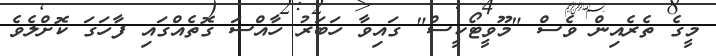
މީގެ ތެރެއިން ވެސް "މޫވީޓޯކީސް" ގައިވާ ހަބަރު ހާއްސަ ގޮތެއްގައި ފާހަގަ ކޮށްލެވެ